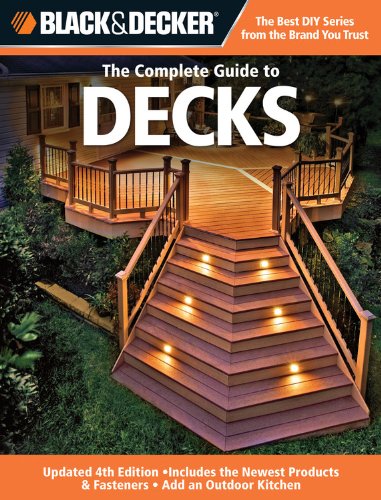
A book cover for Black & Decker The Complete Guide to Decks: Updated 4th Edition, Includes the Newest Products & Fasteners, Add an Outdoor Kitchen (Black & Decker Complete Guide); Editors of Creative Publishing; Crafts, Hobbies & Home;